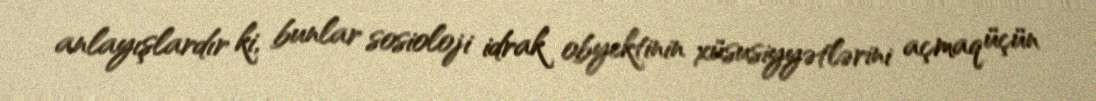
anlayışlardır ki, bunlar sosioloji idrak obyektinin xüsusiyyətlərini açmaq üçün